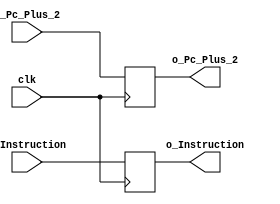
module if_id(
    clk,
    i_Pc_Plus_2,
    i_Instruction,
    o_Pc_Plus_2,
    o_Instruction
    );
    
    input clk;
    input [15:0] i_Pc_Plus_2;
    input [15:0] i_Instruction;
    output reg [15:0] o_Pc_Plus_2;
    output reg [15:0] o_Instruction;
    
    always @(negedge clk) begin 
        o_Pc_Plus_2 <= i_Pc_Plus_2;
        o_Instruction <= i_Instruction;
    end 
    
endmodule